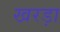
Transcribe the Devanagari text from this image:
खरड़ा